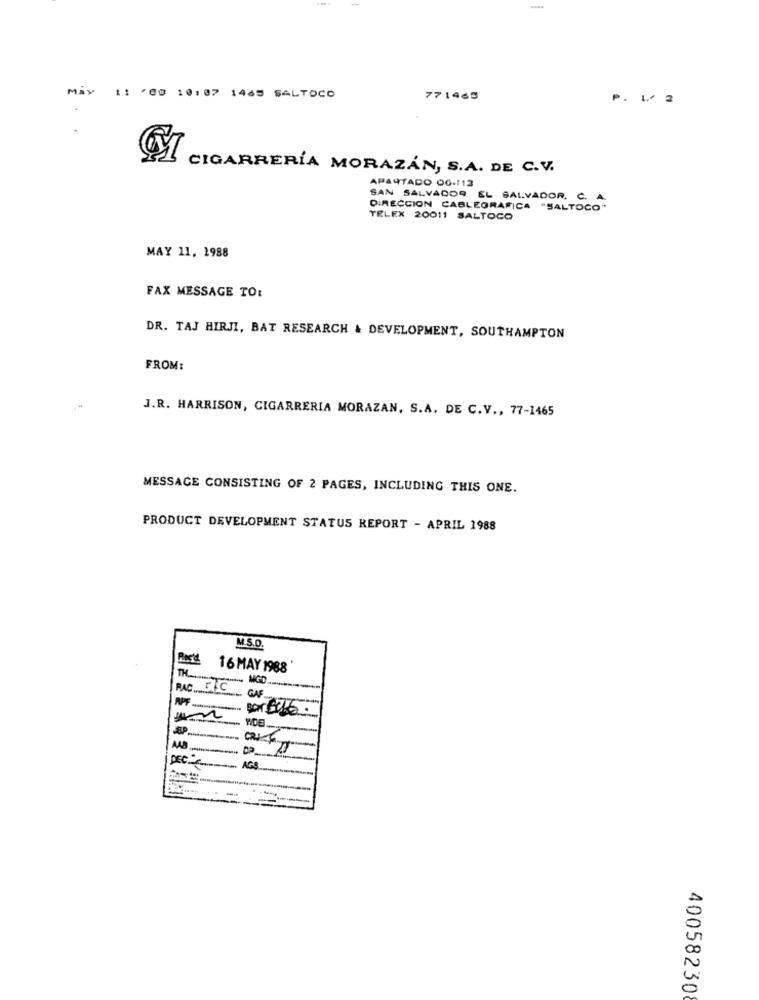
May
11 /00 10:07 1465 SALTOCO
771465
P. 1 2
CIGARRERÍA MORAZÁN, S.A. DE C.V.
APARTADO 00-113
SAN SALVADOR EL SALVADOR. C. A.
DIRECCION CABLEGRAFICA "SALTOCO*
TELEX 20011 SALTOCO
MAY 11, 1988
FAX MESSAGE TO:
DR. TAJ HIRJI, BAT RESEARCH & DEVELOPMENT, SOUTHAMPTON
FROM:
J.R. HARRISON, CIGARRERIA MORAZAN, S.A. DE C.V ., 77-1465
MESSAGE CONSISTING OF 2 PAGES, INCLUDING THIS ONE.
PRODUCT DEVELOPMENT STATUS REPORT - APRIL 1988
M.S.D.
16 MAY 1988
TH
MGD ..........
RAC ...... C
GAF
DEC .......
AGS
-
400582308